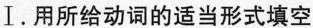
Ⅰ.用所给动词的适当形式填空